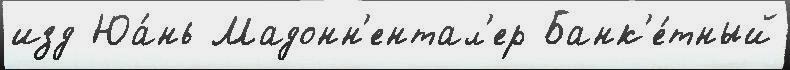
изд Юа́нь Мадонн'ентал'ер Банк'е́тный